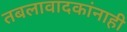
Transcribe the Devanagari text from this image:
तबलावादकांनाही